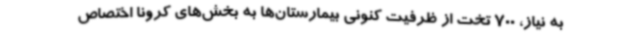
به نیاز، 700 تخت از ظرفیت کنونی بیمارستان‌ها به بخش‌های کرونا اختصاص